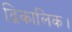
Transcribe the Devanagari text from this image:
द्विकालिक।